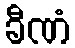
ခီဏံ